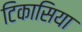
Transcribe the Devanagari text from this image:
टिकासिया